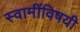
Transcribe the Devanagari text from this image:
स्वामींविषयी